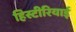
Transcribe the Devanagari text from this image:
हिस्टीरियाई